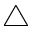
\triangle